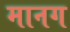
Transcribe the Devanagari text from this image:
मानग